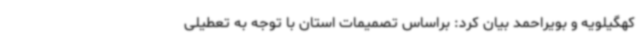
کهگیلویه و بویراحمد بیان کرد: براساس تصمیمات استان با توجه به تعطیلی